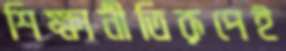
শিক্ষানীতিরূপেই